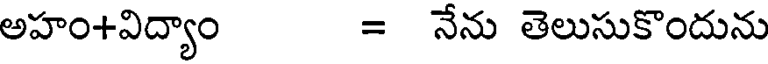
అహం+విద్యాం = నేను తెలుసుకొందును